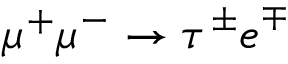
\mu ^ { + } \mu ^ { - } \to \tau ^ { \pm } e ^ { \mp }